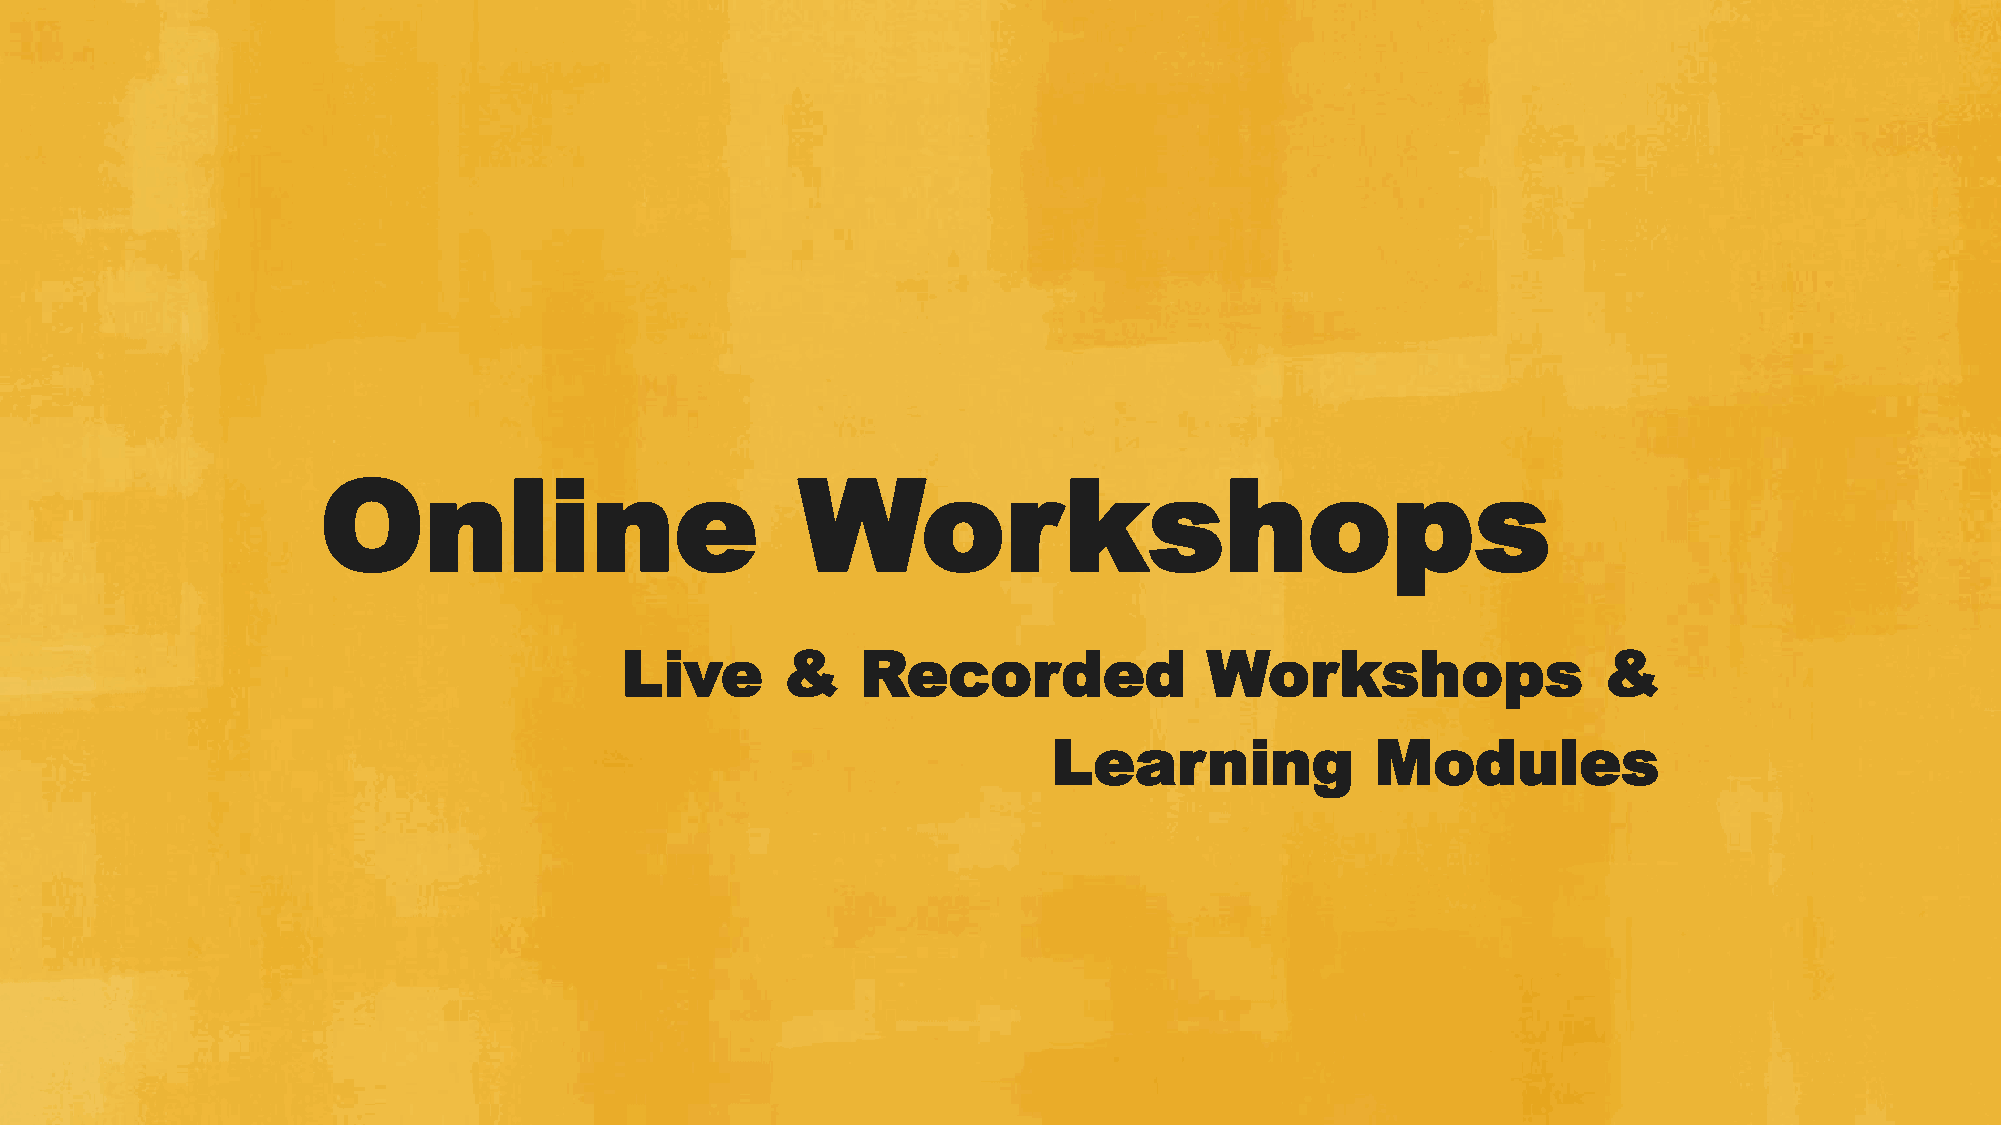
Online                          Workshops
 Live       &    Recorded               Workshops                 &
 Learning             Modules